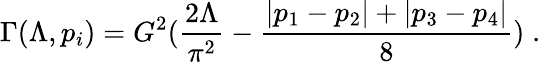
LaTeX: \Gamma(\Lambda,p_{i})=G^{2}(\frac{2\Lambda}{\pi^{2}}-\frac{|p_{1}-p_{2}|+|p_{3}-p_{4}|}{8})\; .